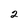
Character: 2